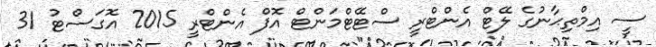
ސީ އިމްތިޙާނުގެ ލޭޓް އެންޓްރީ ސްޓޭޓްމަންޓް އޮފް އެންޓްރީ 2015 އޮގަސްޓު 31